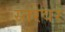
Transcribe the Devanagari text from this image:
स्तरेवर